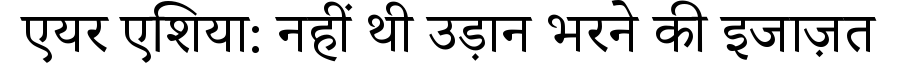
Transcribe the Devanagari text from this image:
एयर एशिया: नहीं थी उड़ान भरने की इजाज़त